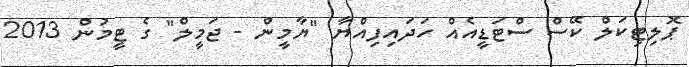
ޕޮލިޓިކަލް ކޭސް ސްޓަޑީއެއް ހަދައިފިއްޔާ "ޔާމީން - ޖަމީލް" ގެ ޓީމުން 2013